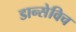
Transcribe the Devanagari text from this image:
डान्सेविच